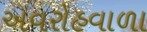
અવરોહવાળા